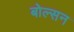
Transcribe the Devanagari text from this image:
बोल्सन